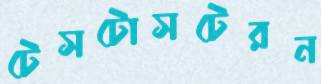
টেসটোসটেরন